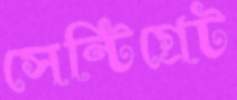
সেন্টিগ্রেট